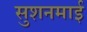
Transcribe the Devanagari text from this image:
सुशनमाई